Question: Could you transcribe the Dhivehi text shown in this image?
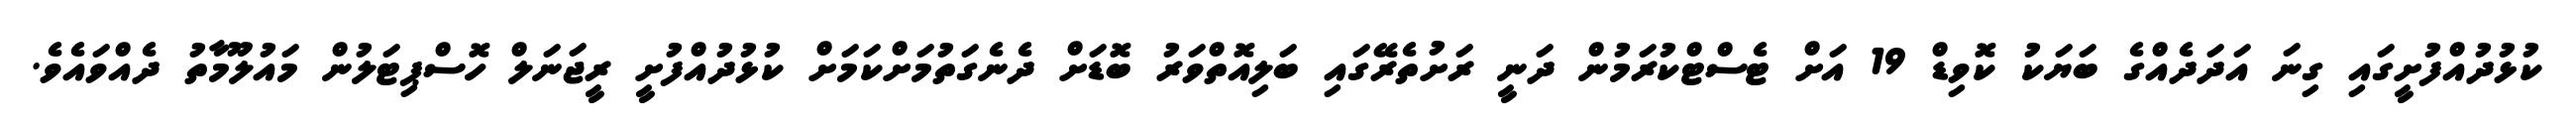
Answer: ކުޅުދުއްފުށީގައި ގިނަ އަދަދެއްގެ ބަޔަކު ކޮވިޑް 19 އަށް ޓެސްޓްކުރަމުން ދަނީ ރަށުތެރޭގައި ބަލިއޮތްވަރު ބޮޑަށް ދެނެގަތުމަށްކަމަށް ކުޅުދުއްފުށީ ރީޖަނަލް ހޮސްޕިޓަލުން މައުލޫމާތު ދެއްވައެވެ.